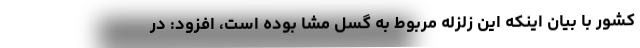
کشور با بیان اینکه این زلزله مربوط به گسل مشا بوده است، افزود: در